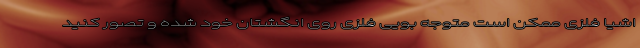
اشیا فلزی ممکن است متوجه بویی فلزی روی انگشتان خود شده و تصور کنید